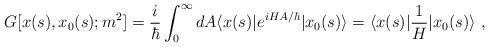
LaTeX: \begin{align*}G[x(s),x_0(s);m^2]={i\over\hbar}\int_0^\infty dA \langle x(s)|e^{i H A/\hbar}| x_0(s)\rangle = \langle x(s)|{1\over H}| x_0(s)\rangle \ ,\end{align*}